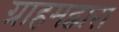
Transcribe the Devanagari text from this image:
ग्राहमद्वारा